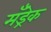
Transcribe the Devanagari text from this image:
मँड्रेक